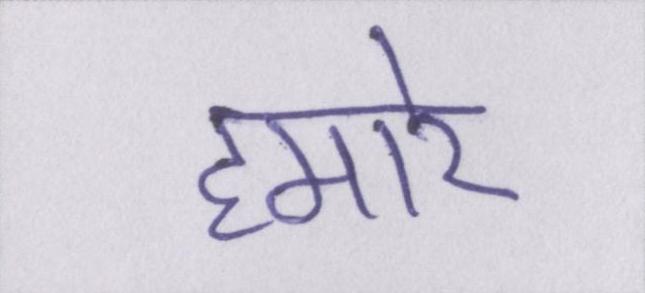
हमारे